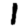
Digit: 1